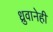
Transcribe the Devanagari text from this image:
ध्रुवानेही